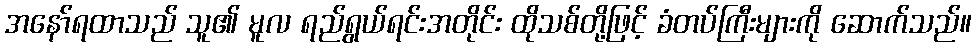
အနော်ရထာသည် သူ၏ မူလ ရည်ရွယ်ရင်းအတိုင်း ထိုသစ်တို့ဖြင့် ခံတပ်ကြီးများကို ဆောက်သည်။